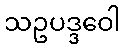
သဥပဒ္ဒဝေါ